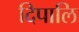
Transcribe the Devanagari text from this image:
दिपालि